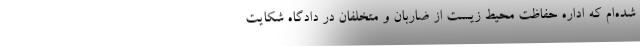
شده‌ام که اداره حفاظت محیط زیست از ضاربان و متخلفان در دادگاه شکایت